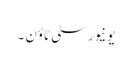
یونیورسٹی ٹاؤن ۔